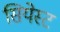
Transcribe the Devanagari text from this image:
सियेस्ट